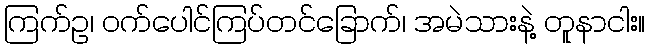
ကြက်ဥ၊ ဝက်ပေါင်ကြပ်တင်ခြောက်၊ အမဲသားနဲ့ တူနာငါး။